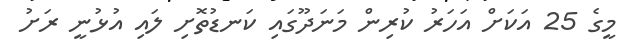
މީގެ 25 އަކަށް އަހަރު ކުރިން މަނަދޫގައި ކަނޑުތޮށި ލައި އުޅުނީ ރަށު